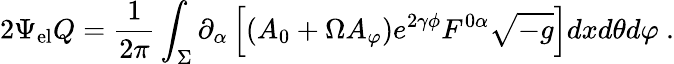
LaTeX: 2\Psi_{\mathrm{el}}Q=\frac{1}{2\pi}\int_{\Sigma}\partial_{\alpha}\left[(A_{0}+\Omega A_{\varphi})e^{2\gamma\phi}F^{0\alpha}\sqrt{-g}\right]dxd\theta d\varphi\ .